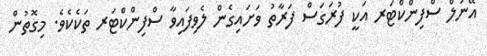
އޭނަލް ސްފިންކްޓަރ އަކީ ފުރަގަސް ފަރާތު ވަށައިގެން ލެވިފައިވާ ސްފިންކްޓަރ ތަކެކެވެ. މިގޮތުން